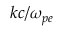
k c / \omega _ { p e }